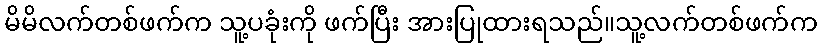
မိမိလက်တစ်ဖက်က သူ့ပခုံးကို ဖက်ပြီး အားပြုထားရသည်။သူ့လက်တစ်ဖက်က